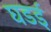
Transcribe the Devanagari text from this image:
घडई